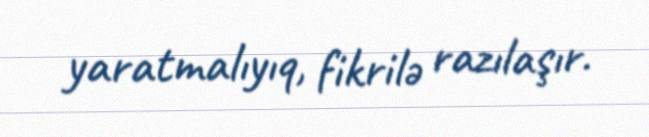
yaratmalıyıq, fikrilə razılaşır.